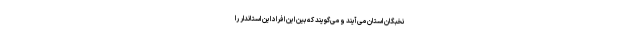
نخبگان استان می‌آیند و می‌گویند که بین این افراد این استاندار را